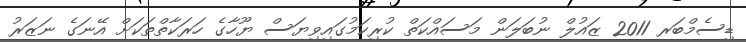
ޑިސެމްބަރ 2011 ޒައުލް ނުބަލަން މަސައްކަތް ކުރިކަމުގައިވިޔަސް ޔޫހާގެ ހަރަކާތްތަކަށް އޭނަގެ ނަޒަރު